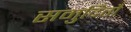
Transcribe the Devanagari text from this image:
समुदितौ